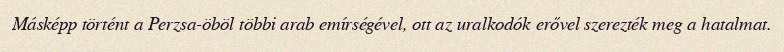
Másképp történt a Perzsa-öböl többi arab emírségével, ott az uralkodók erővel szerezték meg a hatalmat.